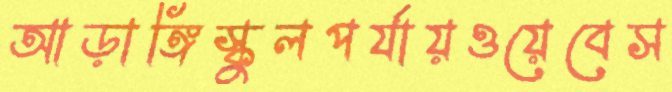
আড়াঙ্গিস্কুলপর্যায়ওয়েবেস